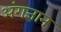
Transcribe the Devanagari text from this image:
अंगज्ञान